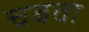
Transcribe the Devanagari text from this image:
चबवा